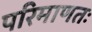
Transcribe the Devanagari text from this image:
परिमाणतः